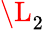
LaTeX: \L_{2}